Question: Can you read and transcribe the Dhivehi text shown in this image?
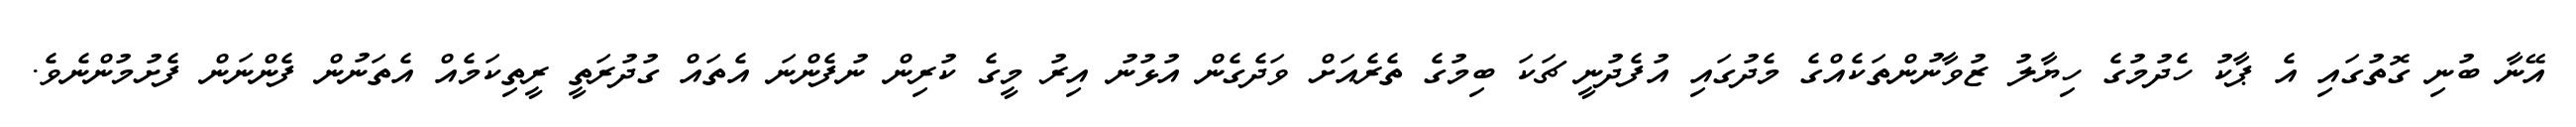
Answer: އޭނާ ބުނި ގޮތުގައި އެ ޕާކު ހެދުމުގެ ހިޔާލު ޒުވާނުންތަކެއްގެ މެދުގައި އުފެދުނީ ޗަކަ ބިމުގެ ތެރެއަށް ވަދެގެން އުޅުނު އިރު މީގެ ކުރިން ނުފެންނަ އެތައް ގުދުރަތީ ރީތިކަމެއް އެތަނުން ފެންނަން ފެށުމުންނެވެ.